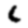
Digit: 6